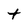
Character: t